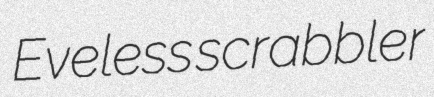
Eveless scrabbler